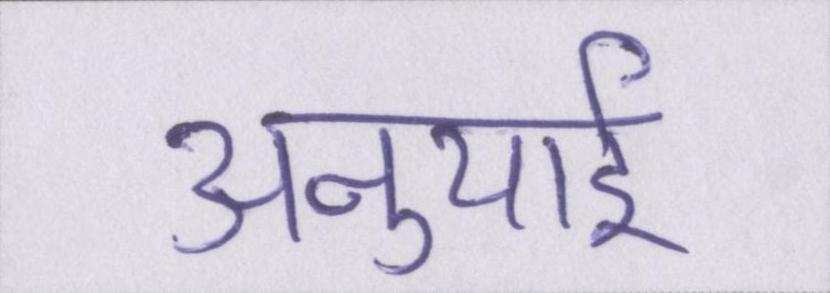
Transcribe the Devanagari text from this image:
अनुयाई